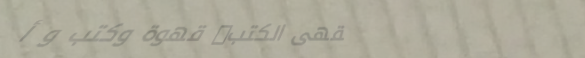
مقهى الكتب: قهوة وكتب و أ